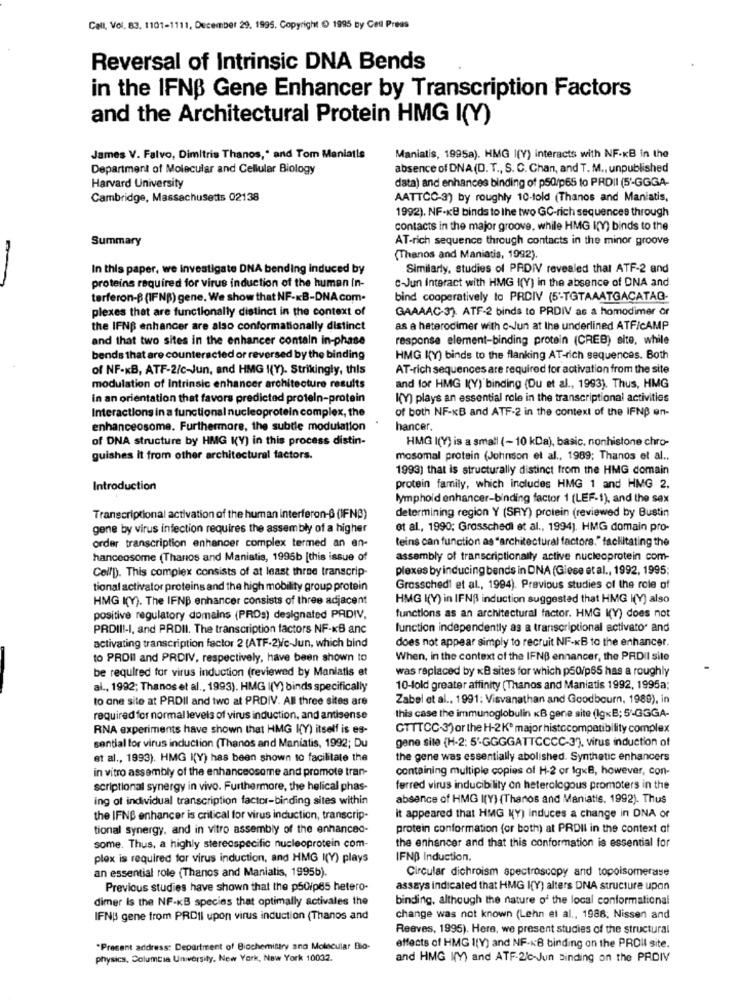
Cell, Vol. 83. 1101-1111, December 29. 1995. Copyright ( 1995 by Cell Preas
Reversal of Intrinsic DNA Bends
in the IFNB Gene Enhancer by Transcription Factors
and the Architectural Protein HMG I(Y)
James V. Falvo, Dimitris Thanos,' and Tom Maniatis
Maniatis, 1995a). HMG I(Y) interacts with NF-KB in the
Department of Molecular and Cellular Biology
absence of DNA (D. T ., S. C. Chan, and T. M ., unpublished
data) and enhances binding of p50/p65 to PRDIl (5-GGGA-
Harvard University
Cambridge, Massachusetts 02138
AATTCC-3) by roughly 10-told (Thanos and Maniatis,
1992). NF-KB binds to the two GC-rich sequences through
contacts in the major groove, while HMG I(Y) binds to the
Summary
AT-rich sequence through contacts in the minor groove
(Thanos and Maniatis, 1992).
In this paper, we investigate DNA bending induced by
Similarly, studies of PRDIV revealed that ATF-2 and
c-Jun Interact with HMG I(Y) in the absence of DNA and
proteins required for virus induction of the human In-
terferon-B (IFNB) gene. We show that NF-KB-DNA com.
bind cooperatively to PRDIV (5'-TGTAAATGACATAG-
plexes that are functionally distinct in the context of
GAAAAC-3). ATF-2 binds to PRDIV as a homodimer or
the IFNB enhancer are also conformationally distinct
as a heterocimer with c-Jun at the underlined ATF/CAMP
and that two sites in the enhancer contain in-phase
response element-binding protein (CREB) site, while
bends that are counteracted or reversed by the binding
HMG K(Y) binds to the flanking AT-rich sequences. Both
of NF-KB, ATF-2/c-Jun, and HMG I(Y). Strikingly, this
AT-rich sequences are required for activation from the site
modulation of Intrinsic enhancer architecture results
and for HMG K(Y) binding (Du et al ., 1993). Thus, HMG
in an orientation that favors predicted protein-protein
I(Y) plays an essential role in the transcriptional activities
Interactions in a functional nucleoprotein complex, the
of both NF-KB and ATF-2 in the context of the IFNB en-
enhanceosome. Furthermore, the subtle modulation
hancer.
of DNA structure by HMG K(Y) in this process distin-
HMG I(Y) is a small (-10 kDa), basic, nonhistone chro-
guishes It from other architectural factors.
mosomal protein (Johnson et al ., 1989; Thanos et al ..
1993) that is structurally distinct from the HMG domain
Introduction
protein family, which includes HMG 1 and HMG 2.
lymphoid enhancer-binding factor 1 (LEF-1), and the sex
determining region Y (SRY) protein (reviewed by Bustin
Transcriptional activation of the human interferon-6 (IFNB)
gene by virus infection requires the assembly of a higher
et al, 1990; Grosschedi et al ., 1994). HMG domain pro-
order transcription enhancer complex termed an en-
teins can function as "architectural factors," facilitating the
hanceosome (Thanos and Maniatis, 1995b [this issue of
assembly of transcriptionally active nucleoprotein com-
Cell[). This complex consists of at least three transcrip-
plexes by inducing bends in DNA (Giese et al ., 1992, 1995:
tional activator proteins and the high mobility group protein
Grosschedl et al ., 1994). Previous studies of the role of
HMG I(Y). The IFNB enhancer consists of three adjacent
HMG K(Y) in IFNß induction suggested that HMG H(Y) also
positive regulatory domains (PRDs) designated PADIV.
functions as an architectural factor. HMG K(Y) does not
PRDIII-I, and PRDII. The transcription factors NF-KB anc
function independently as a transcriptional activator and
does not appear simply to recruit NF-KB to the enhancer.
activating transcription factor 2 (ATF-2)/c-Jun, which bind
to PROII and PRDIV, respectively, have been shown to
When, in the context of the IFNB ennancer, the PRDII site
be required for virus induction (reviewed by Maniatis et
was replaced by xB sites for which p50/p65 has a roughly
al ., 1992; Thanos et al ., 1993). HMG (Y) binds specifically
10-fold greater affinity (Thanos and Maniatis 1992, 1995a;
to ane site at PRDII and two at PRDIV. All three sites are
Zabel et al ., 1991; Visvanathan and Goodbourn, 1989), in
required for normal levels of virus induction, and antisense
this case the immunoglobulin KB gene site (lgxB; 5'-GGGA-
RNA experiments have shown that HMG K(Y) itself is es-
GTTTCC-3)or the H-2Kº major histocompatibility complex
gene site (H-2: 5'-GGGGATTCCCC-3), virus induction of
sential lor virus induction (Thanos and Maniatis, 1992; Du
et al ., 1993). HMG I(Y) has been shown to facilitate the
the gene was essentially abolished. Synthetic enhancers
in vitro assembly of the enhanceosome and promote tran-
containing multiple copies of H-2 or IgKB, however, con-
scriptional synergy in vivo. Furthermore, the helical phas-
ferred virus inducibility on heterologous promoters in the
ing of individual transcription factor-binding sites within
absence of HMG I(Y) (Thanos and Maniatis, 1992). Thus
the IFNB enhancer is critical for virus induction, transcrip-
it appeared that HMG KY) induces a change in DNA or
tional synergy, and in vitro assembly of the enhanced-
protein conformation (or both) at PRDII in the context af
the enhancer and that this conformation is essential for
some. Thus, a highly stereospecific nucleoprotein com-
plex is required for virus induction, and HMG I(Y) plays
IFNB Induction.
an essential role (Thanos and Manialis, 1995b).
Circular dichroism spectroscopy and topoisomerase
Previous studies have shown that the p50ip65 hetero-
assays indicated that HMG I(Y) alters DNA structure upon
dimer Is the NF-KB species that optimally activales the
binding, although the nature of the local conformational
IFNBS gene from PRDII upon virus induction (Thanos and
change was not known (Lehn et al ., 1988; Nissen and
Reeves, 1995). Here, we present studies of the structural
*Present address: Department of Biochemistry and Molecular Bio-
effects of HMG I(Y) and NF-KB binding on the PROII site.
physics, Columbia University. New York, New York 10032.
and HMG I(Y) and ATF-2/c-Jun Binding on the PRDIV